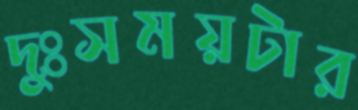
দুঃসময়টার